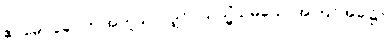
ဧဝမေဝခေါ၊ ဤအတူသာလျှင်။ ယသ္မိံသမယေ၊ အကြင်အခါ၌။